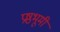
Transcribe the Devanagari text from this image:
प्रष्ठभूमी